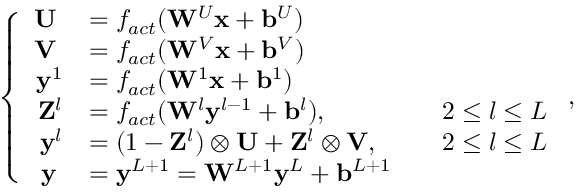
\left\{ \begin{array} { r l r l } { \mathbf { U } \; } & { = f _ { a c t } ( \mathbf { W } ^ { U } \mathbf { x } + \mathbf { b } ^ { U } ) } & & { } \\ { \mathbf { V } \; } & { = f _ { a c t } ( \mathbf { W } ^ { V } \mathbf { x } + \mathbf { b } ^ { V } ) } & & { } \\ { \mathbf { y } ^ { 1 } } & { = f _ { a c t } ( \mathbf { W } ^ { 1 } \mathbf { x } + \mathbf { b } ^ { 1 } ) } & & { } \\ { \mathbf { Z } ^ { l } } & { = f _ { a c t } ( \mathbf { W } ^ { l } \mathbf { y } ^ { l - 1 } + \mathbf { b } ^ { l } ) , } & & { 2 \le l \le L } \\ { \mathbf { y } ^ { l } } & { = ( 1 - \mathbf { Z } ^ { l } ) \otimes \mathbf { U } + \mathbf { Z } ^ { l } \otimes \mathbf { V } , } & & { 2 \le l \le L } \\ { \mathbf { y } \; } & { = \mathbf { y } ^ { L + 1 } = \mathbf { W } ^ { L + 1 } \mathbf { y } ^ { L } + \mathbf { b } ^ { L + 1 } } & & { } \end{array} \right. ,